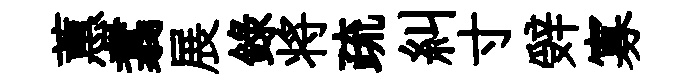
蕙翥展錄将疏糾寸辤寡